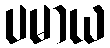
ပမာယ